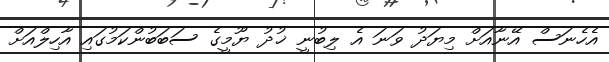
އެހެނަސް އޭނާއަށް މިޔަދު ވަނަ އެ ލިބުނީ ޚުދު ޔޫމީގެ ސަބަބުންކަމުގައި އާހިލްއަށް